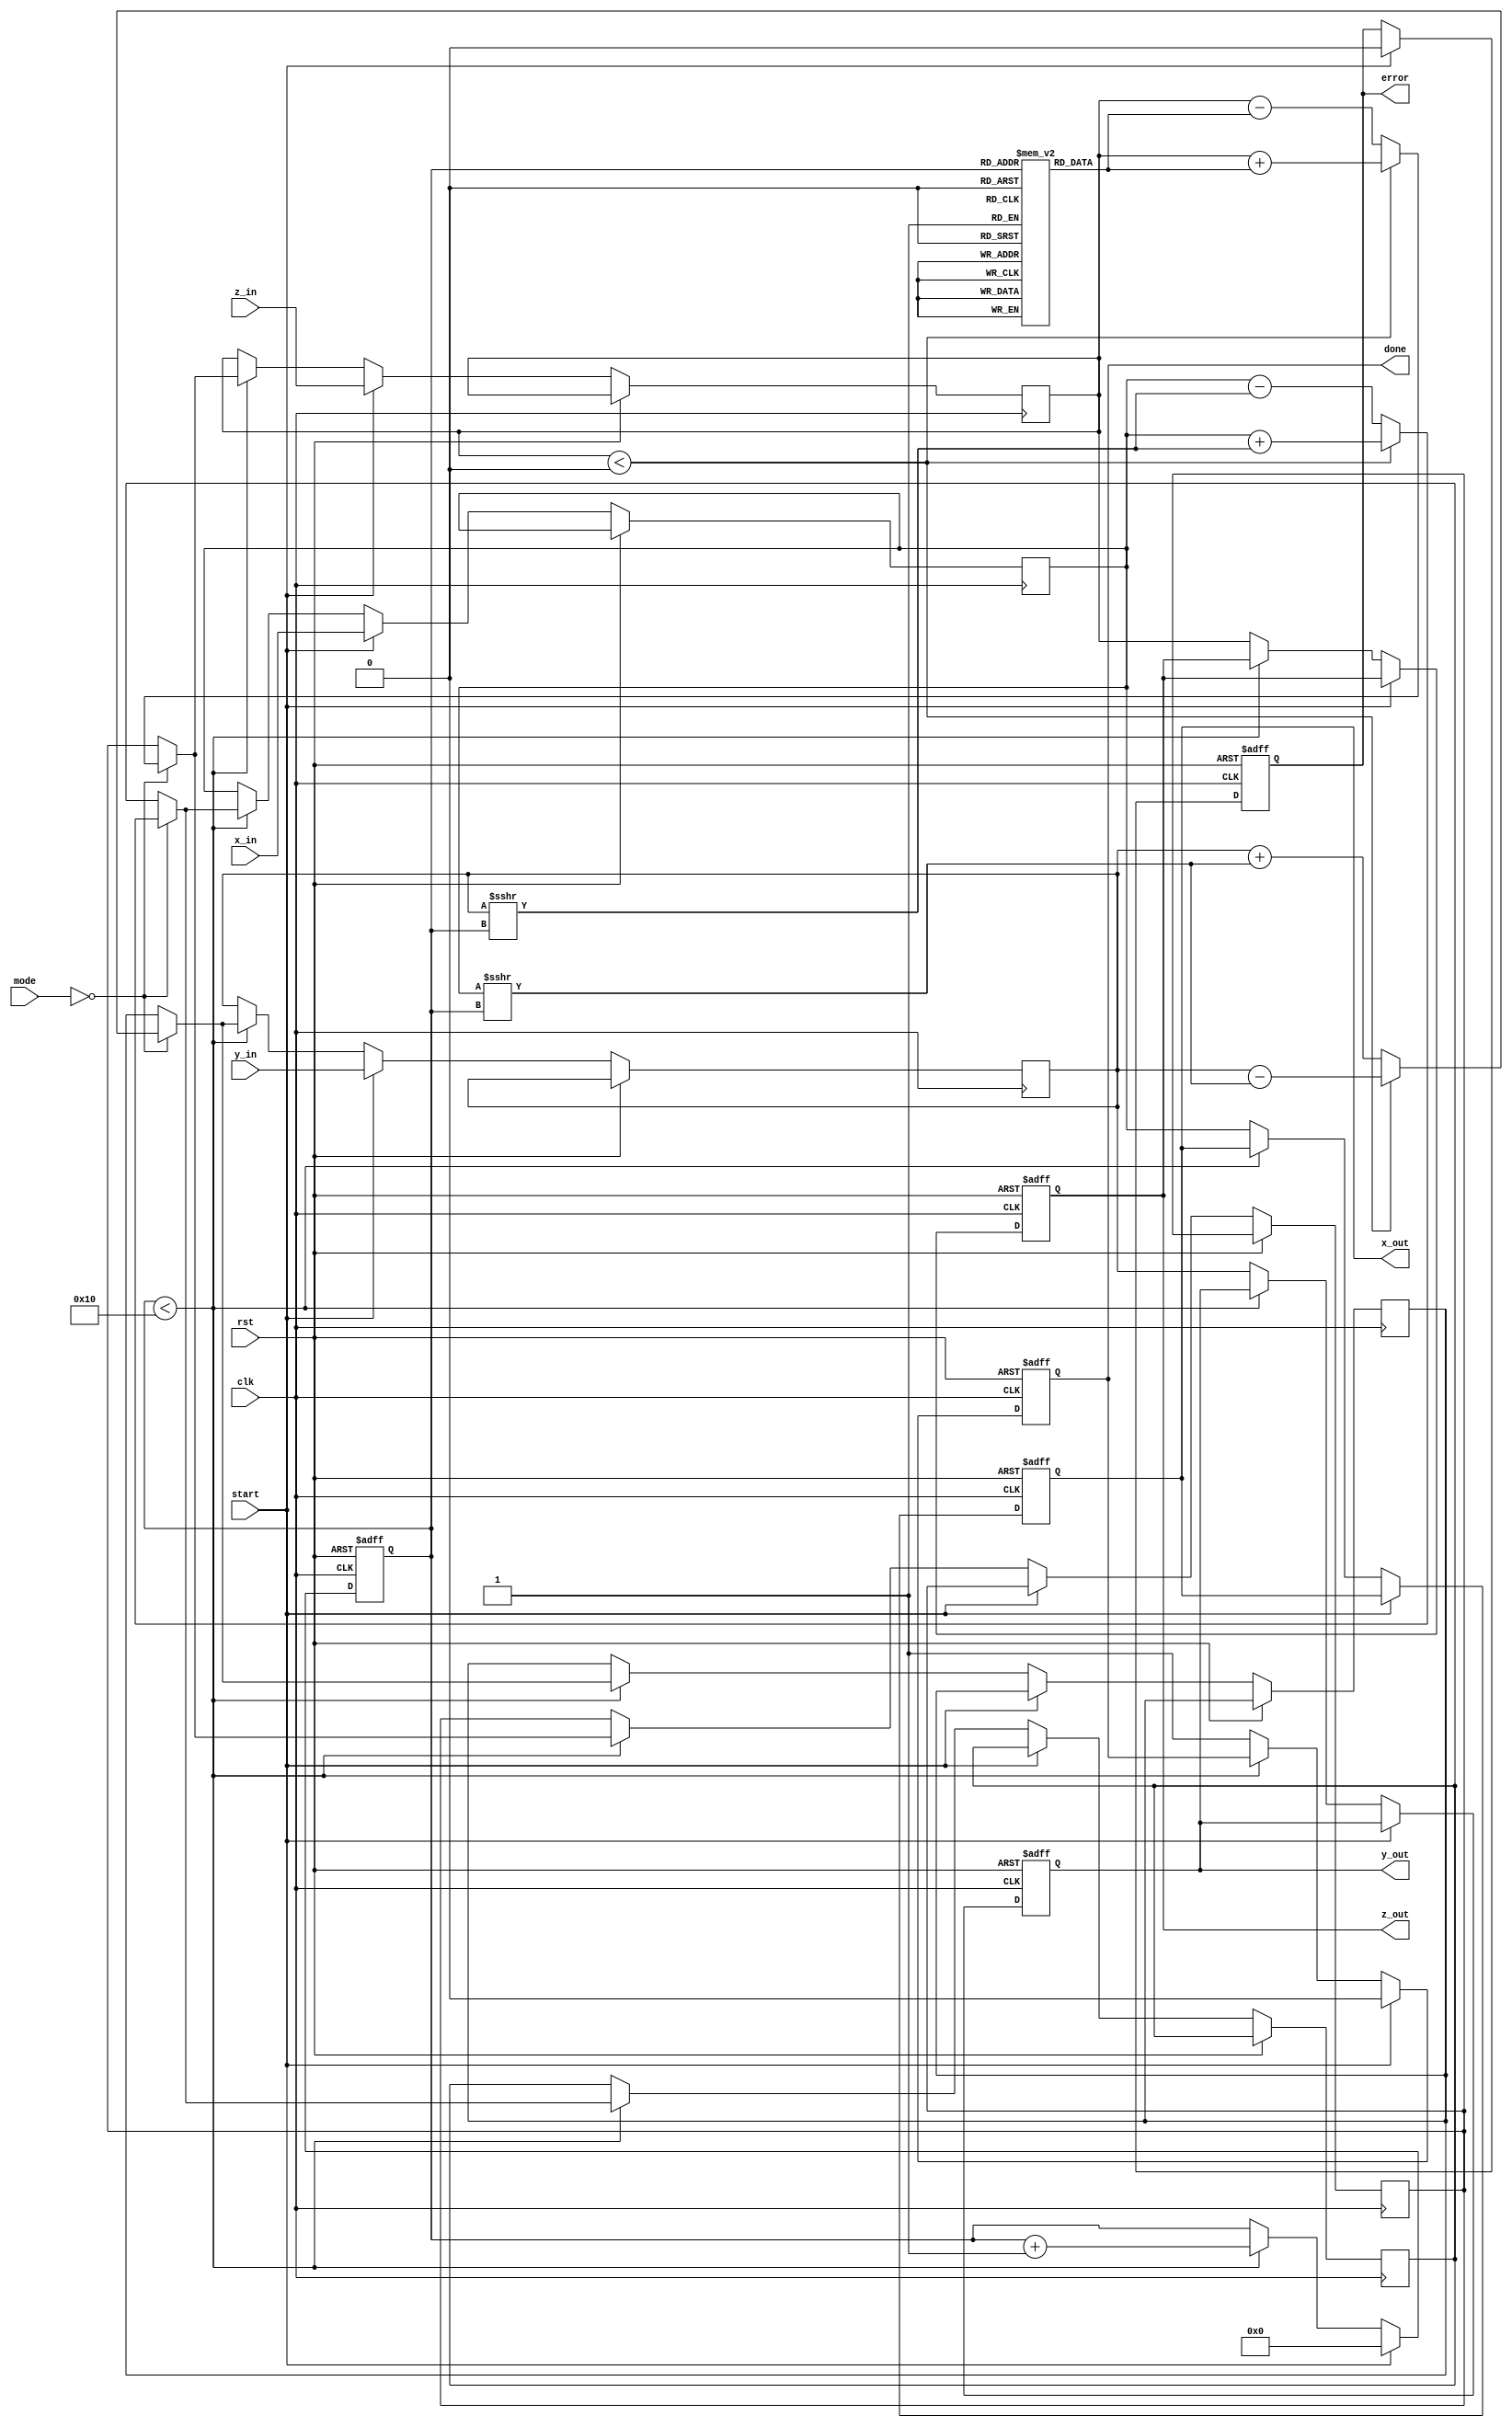
module cordic (
    input wire clk,
    input wire rst,
    input wire [15:0] x_in, // Input X coordinate
    input wire [15:0] y_in, // Input Y coordinate
    input wire [15:0] z_in, // Input Z angle
    input wire start,        // Start signal
    input wire [1:0] mode,  // Operation mode (00: rotation, 01: vectoring, etc.)
    output reg [15:0] x_out, // Output X coordinate
    output reg [15:0] y_out, // Output Y coordinate
    output reg [15:0] z_out, // Output Z angle
    output reg done,        // Done signal
    output reg error        // Error signal
);

    // Parameters
    parameter NUM_ITERATIONS = 16; // Number of iterations for CORDIC
    parameter LUT_SIZE = 16;        // Size of LUT for arctangent values

    // Look-Up Table for arctangent values
    reg [15:0] atan_lut[LUT_SIZE-1:0];
    initial begin
        // Initialize LUT with pre-calculated arctangent values
        atan_lut[0] = 16'h0000; // atan(0)
        atan_lut[1] = 16'h2000; // atan(1/2^1)
        atan_lut[2] = 16'h1000; // atan(1/2^2)
        atan_lut[3] = 16'h0800; // atan(1/2^3)
        // ... Fill in the rest of the LUT
    end

    // Internal registers
    reg [15:0] x_reg, y_reg, z_reg;
    reg [3:0] iteration_count;
    reg [15:0] x_temp, y_temp, z_temp;

    // State machine for CORDIC operation
    always @(posedge clk or posedge rst) begin
        if (rst) begin
            x_out <= 0;
            y_out <= 0;
            z_out <= 0;
            done <= 0;
            error <= 0;
            iteration_count <= 0;
        end else if (start) begin
            // Initialize registers
            x_reg <= x_in;
            y_reg <= y_in;
            z_reg <= z_in;
            iteration_count <= 0;
            done <= 0;
            error <= 0;
        end else if (iteration_count < NUM_ITERATIONS) begin
            // CORDIC iteration
            if (mode == 2'b00) begin // Rotation mode
                if (z_reg < 0) begin
                    // Rotate clockwise
                    x_temp = x_reg + (y_reg >>> iteration_count);
                    y_temp = y_reg - (x_reg >>> iteration_count);
                    z_temp = z_reg + atan_lut[iteration_count];
                end else begin
                    // Rotate counter-clockwise
                    x_temp = x_reg - (y_reg >>> iteration_count);
                    y_temp = y_reg + (x_reg >>> iteration_count);
                    z_temp = z_reg - atan_lut[iteration_count];
                end
            end else if (mode == 2'b01) begin
                // Vectoring mode (not implemented in this example)
                // Implement vectoring logic here
            end
            // Update registers
            x_reg <= x_temp;
            y_reg <= y_temp;
            z_reg <= z_temp;
            iteration_count <= iteration_count + 1;
        end else begin
            // Operation complete
            x_out <= x_reg;
            y_out <= y_reg;
            z_out <= z_reg;
            done <= 1;
        end
    end

endmodule